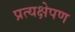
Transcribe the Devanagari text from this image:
प्रत्यक्षेपण